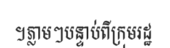
។ភ្លាមៗបន្ទាប់ពីក្រុមរដ្ឋ